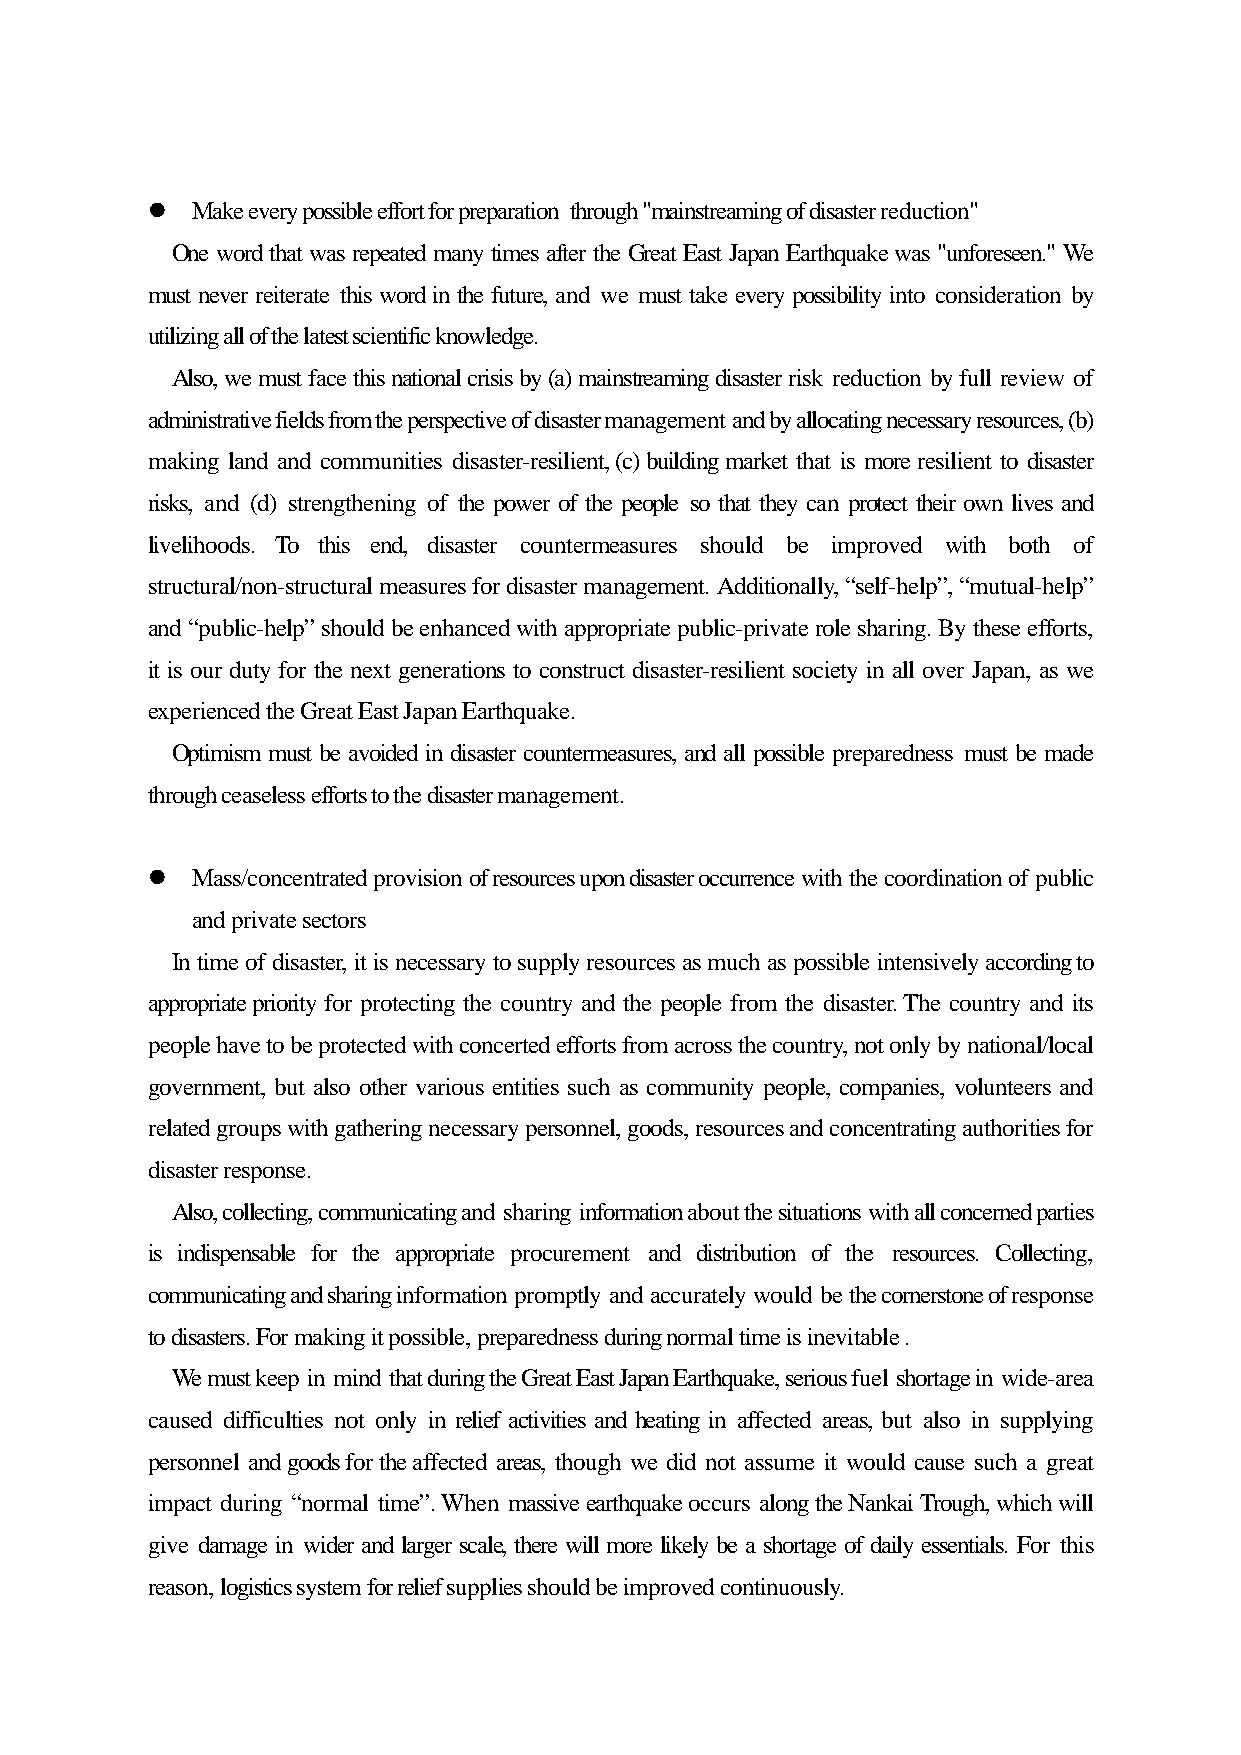
  Make every possible effort for preparation through "mainstreaming of disaster reduction"
 One word that was repeated many times after the Great East Japan Earthquake was "unforeseen." We
 must never reiterate this word in the future, and we must take every possibility into consideration by
 utilizing all of the latest scientific knowledge.
 Also, we must face this national crisis by (a) mainstreaming disaster risk reduction by full review of
 administrative fields from the perspective of disaster management and by allocating necessary resources, (b)
 making land and communities disaster-resilient, (c) building market that is more resilient to disaster
 risks, and (d) strengthening of the power of the people so that they can protect their own lives and
 livelihoods. To this end, disaster countermeasures should be improved with both of
 structural/non-structural measures for disaster management. Additionally, “self-help”, “mutual-help”
 and “public-help” should be enhanced with appropriate public-private role sharing. By these efforts,
 it is our duty for the next generations to construct disaster-resilient society in all over Japan, as we
 experienced the Great East Japan Earthquake.
 Optimism must be avoided in disaster countermeasures, and all possible preparedness must be made
 through ceaseless efforts to the disaster management.
   Mass/concentrated provision of resources upon disaster occurrence with the coordination of public
 and private sectors
 In time of disaster, it is necessary to supply resources as much as possible intensively according to
 appropriate priority for protecting the country and the people from the disaster. The country and its
 people have to be protected with concerted efforts from across the country, not only by national/local
 government, but also other various entities such as community people, companies, volunteers and
 related groups with gathering necessary personnel, goods, resources and concentrating authorities for
 disaster response.
 Also, collecting, communicating and sharing information about the situations with all concerned parties
 is indispensable for the appropriate procurement and distribution of the resources. Collecting,
 communicating and sharing information promptly and accurately would be the cornerstone of response
 to disasters. For making it possible, preparedness during normal time is inevitable .
 We must keep in mind that during the Great East Japan Earthquake, serious fuel shortage in wide-area
 caused difficulties not only in relief activities and heating in affected areas, but also in supplying
 personnel and goods for the affected areas, though we did not assume it would cause such a great
 impact during “normal time”. When massive earthquake occurs along the Nankai Trough, which will
 give damage in wider and larger scale, there will more likely be a shortage of daily essentials. For this
 reason, logistics system for relief supplies should be improved continuously.